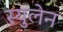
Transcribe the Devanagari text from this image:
स्युलेन